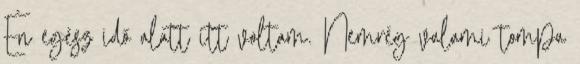
Én egész idő alatt itt voltam. Nemrég valami tompa